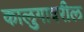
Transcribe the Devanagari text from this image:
कालुगावरील